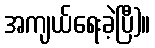
အကျယ်ရေးခဲ့ပြီ)။